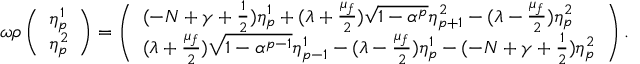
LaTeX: \omega \rho \left( \begin{array} { l } { { \eta _ { p } ^ { 1 } } } \\ { { \eta _ { p } ^ { 2 } } } \end{array} \right) = \left( \begin{array} { l } { { ( - N + \gamma + \frac { 1 } { 2 } ) \eta _ { p } ^ { 1 } + ( \lambda + \frac { \mu _ { f } } { 2 } ) \sqrt { 1 - \alpha ^ { p } } \eta _ { p + 1 } ^ { 2 } - ( \lambda - \frac { \mu _ { f } } { 2 } ) \eta _ { p } ^ { 2 } } } \\ { { ( \lambda + \frac { \mu _ { f } } { 2 } ) \sqrt { 1 - \alpha ^ { p - 1 } } \eta _ { p - 1 } ^ { 1 } - ( \lambda - \frac { \mu _ { f } } { 2 } ) \eta _ { p } ^ { 1 } - ( - N + \gamma + \frac { 1 } { 2 } ) \eta _ { p } ^ { 2 } } } \end{array} \right) .